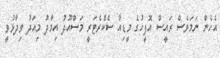
އެހެން ނަމަވެސް ރައީސް އޮފީހުގެ މީޑިއާ ސެކްރެޓަރީ މަސްއޫދު އިމާދު މިއަދު ވިދާޅުވީ